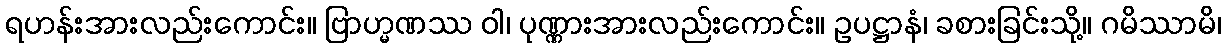
ရဟန်းအားလည်းကောင်း။ ဗြာဟ္မဏဿ ဝါ၊ ပုဏ္ဏားအားလည်းကောင်း။ ဥပဋ္ဌာနံ၊ ခစားခြင်းသို့။ ဂမိဿာမိ၊